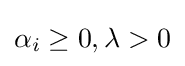
{\textstyle \alpha _{i}\geq 0,\lambda >0}